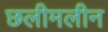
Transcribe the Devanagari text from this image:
छलीमलीन